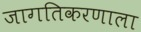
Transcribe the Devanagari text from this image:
जागतिकरणाला